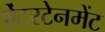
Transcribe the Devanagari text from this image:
ऐंटरटेनमेंट